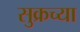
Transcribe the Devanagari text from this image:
सुक्रच्या